Annual administration report of the Civil Veterinary Department of India - 1894-1895
Year: 1894
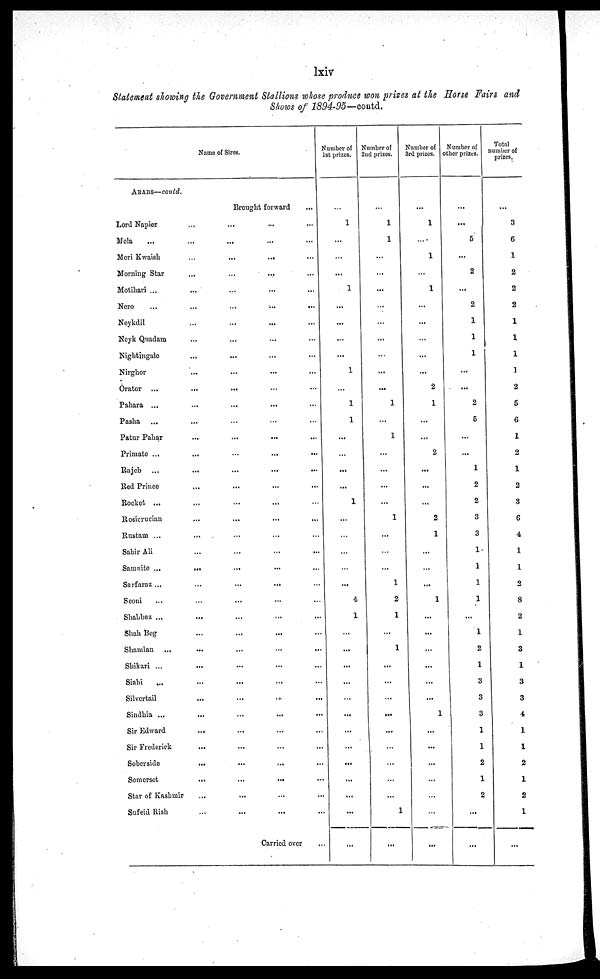
lxiv
Statement showing the Government Stallions whose produce won prizes at the Horse Fairs and
Shows of 1894-95—contd.
Name of Sires.
ARABS—contd.
Brought forward
...
Lord Napier...
...
...
...
Mela
…
...
...
...
...
Meri Kwaish
…
...
...
...
Morning Star...
…
... ...
Motihari ...
...
...
...
...
Nero
…
...
...
...
...
Neykdil...
...
...
...
Neyk Quadam...
...
... …
Nightingale...
...
...
...
Nirghor...
...
...
...
Orator ...
...
...
…
...
Pahara ...
...
...
...
...
Pasha...
…
...
...
Patur Pahar...
...
...
...
Primate ...
...
…
...
...
Rajeb
...
...
...
...
...
Red Prince...
...
...
...
Rocket ...
...
...
... …
Rosicrucian...
...
...
...
Rustam ...
...
...
...
...
Sabir Ali...
...
...
...
Samnite ...
...
...
...
...
Sarfaraz ...
...
...
... …
Seoni
...
…
...
...
...
Shabbaz ...
...
...
...
...
Shah Beg...
...
...
...
Shamlan ...
...
...
...
...
Shikari ...
...
...
...
...
Siahi...
...
...
...
Silvertail...
...
...
...
Sindhia ...
...
...
...
...
Sir Edward...
...
...
...
Sir Frederick...
...
...
...
Soberside...
...
...
...
Somerset...
...
...
...
Star of Kashmir...
...
...
...
Sufeid Rish...
...
...
...
Carried over …
Number of
1st prizes.
…
1
...
…
...
1
...
...
...
...
1
...
1
1
...
…
...
...
1
...
…
...
…
...
4
1
...
...
...
...
...
...
...
...
...
...
...
...
...
Number of
2nd prizes.
...
1
1
...
...
...
...
...
...
...
...
...
1
...
1
...
...
...
...
1
...
…
...
1
2
1
...
1
...
...
...
...
...
…
...
…
...
1
...
Number of
3rd prizes.
...
1
....
1
…
1
...
...
...
...
...
2
1
...
...
2
...
...
...
2
1
...
...
...
1
...
...
…
...
...
...
1
...
...
...
...
...
...
...
Number of
other prizes.
...
...
5
...
2
...
2
1
1
1
...
...
2
5
...
...
1
2
2
3
3
1
1
1
1
...
1
2
1
3
3
3
1
1
2
1
2
...
...
Total
number of
prizes.
...
3
6
1
2
2
2
1
1
1
1
2
5
6
1
2
1
2
3
6
4
1
1
2
8
2
1
3
1
3
3
4
1
1
2
1
2
1
...